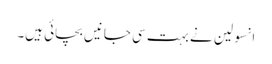
انسولین نے بہت سی جانیں‌ بچائی ہیں۔